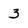
Character: 3